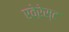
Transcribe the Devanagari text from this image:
एवेऱेस्ट